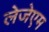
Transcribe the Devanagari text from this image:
लेजेएम